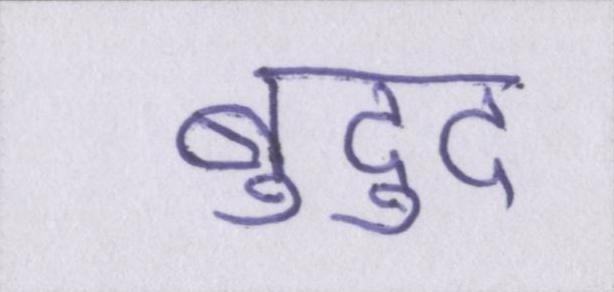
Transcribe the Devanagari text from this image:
बुद्दु